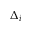
\Delta _ { i }